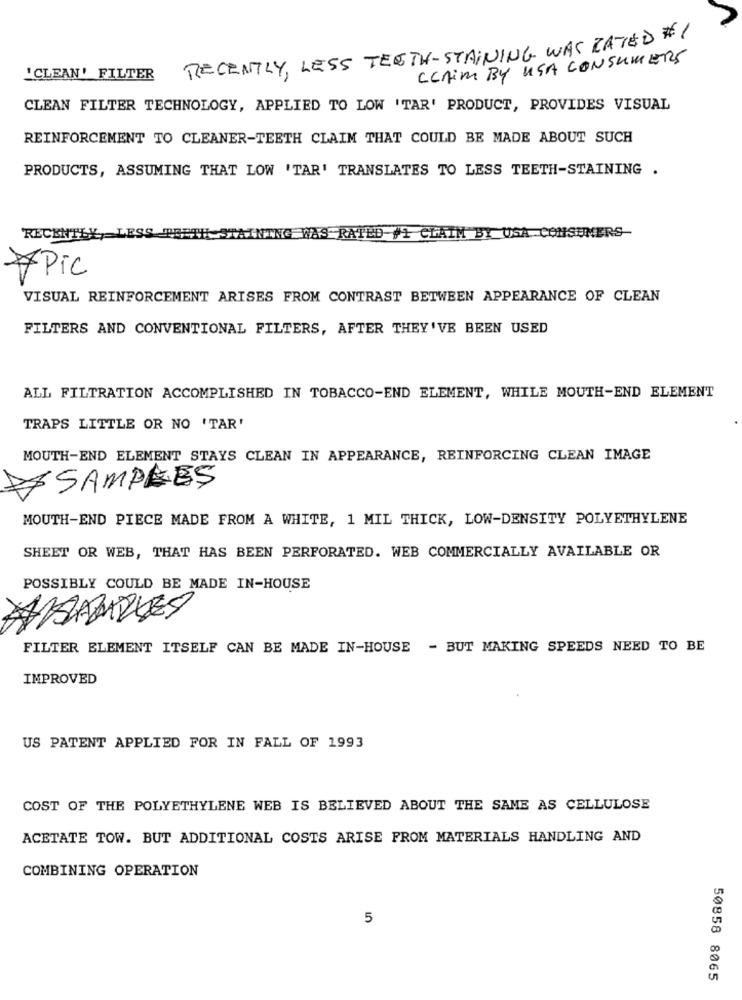
RECENTLY, LESS TEETH-STAINING WAS RATED #1
CLAIM BY USA CONSUMERS
'CLEAN' FILTER
CLEAN FILTER TECHNOLOGY, APPLIED TO LOW 'TAR' PRODUCT, PROVIDES VISUAL
REINFORCEMENT TO CLEANER-TEETH CLAIM THAT COULD BE MADE ABOUT SUCH
PRODUCTS, ASSUMING THAT LOW 'TAR' TRANSLATES TO LESS TEETH-STAINING .
RECEN
ING WAS RATED #1 CLAIM BY USA CONSUMERS
*Pic
VISUAL REINFORCEMENT ARISES FROM CONTRAST BETWEEN APPEARANCE OF CLEAN
FILTERS AND CONVENTIONAL FILTERS, AFTER THEY'VE BEEN USED
ALL FILTRATION ACCOMPLISHED IN TOBACCO-END ELEMENT, WHILE MOUTH-END ELEMENT
TRAPS LITTLE OR NO 'TAR'
MOUTH-END ELEMENT STAYS CLEAN IN APPEARANCE, REINFORCING CLEAN IMAGE
SAMPLES
MOUTH-END PIECE MADE FROM A WHITE, 1 MIL THICK, LOW-DENSITY POLYETHYLENE
SHEET OR WEB, THAT HAS BEEN PERFORATED. WEB COMMERCIALLY AVAILABLE OR
POSSIBLY COULD BE MADE IN-HOUSE
AAABADGES
FILTER ELEMENT ITSELF CAN BE MADE IN-HOUSE - BUT MAKING SPEEDS NEED TO BE
IMPROVED
US PATENT APPLIED FOR IN FALL OF 1993
COST OF THE POLYETHYLENE WEB IS BELIEVED ABOUT THE SAME AS CELLULOSE
ACETATE TOW. BUT ADDITIONAL COSTS ARISE FROM MATERIALS HANDLING AND
COMBINING OPERATION
5
50858 8065